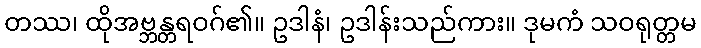
တဿ၊ ထိုအဗ္ဘန္တရဝဂ်၏။ ဥဒါနံ၊ ဥဒါန်းသည်ကား။ ဒုမကံ သဝရုတ္တမ